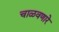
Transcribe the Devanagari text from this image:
चाळवणारे